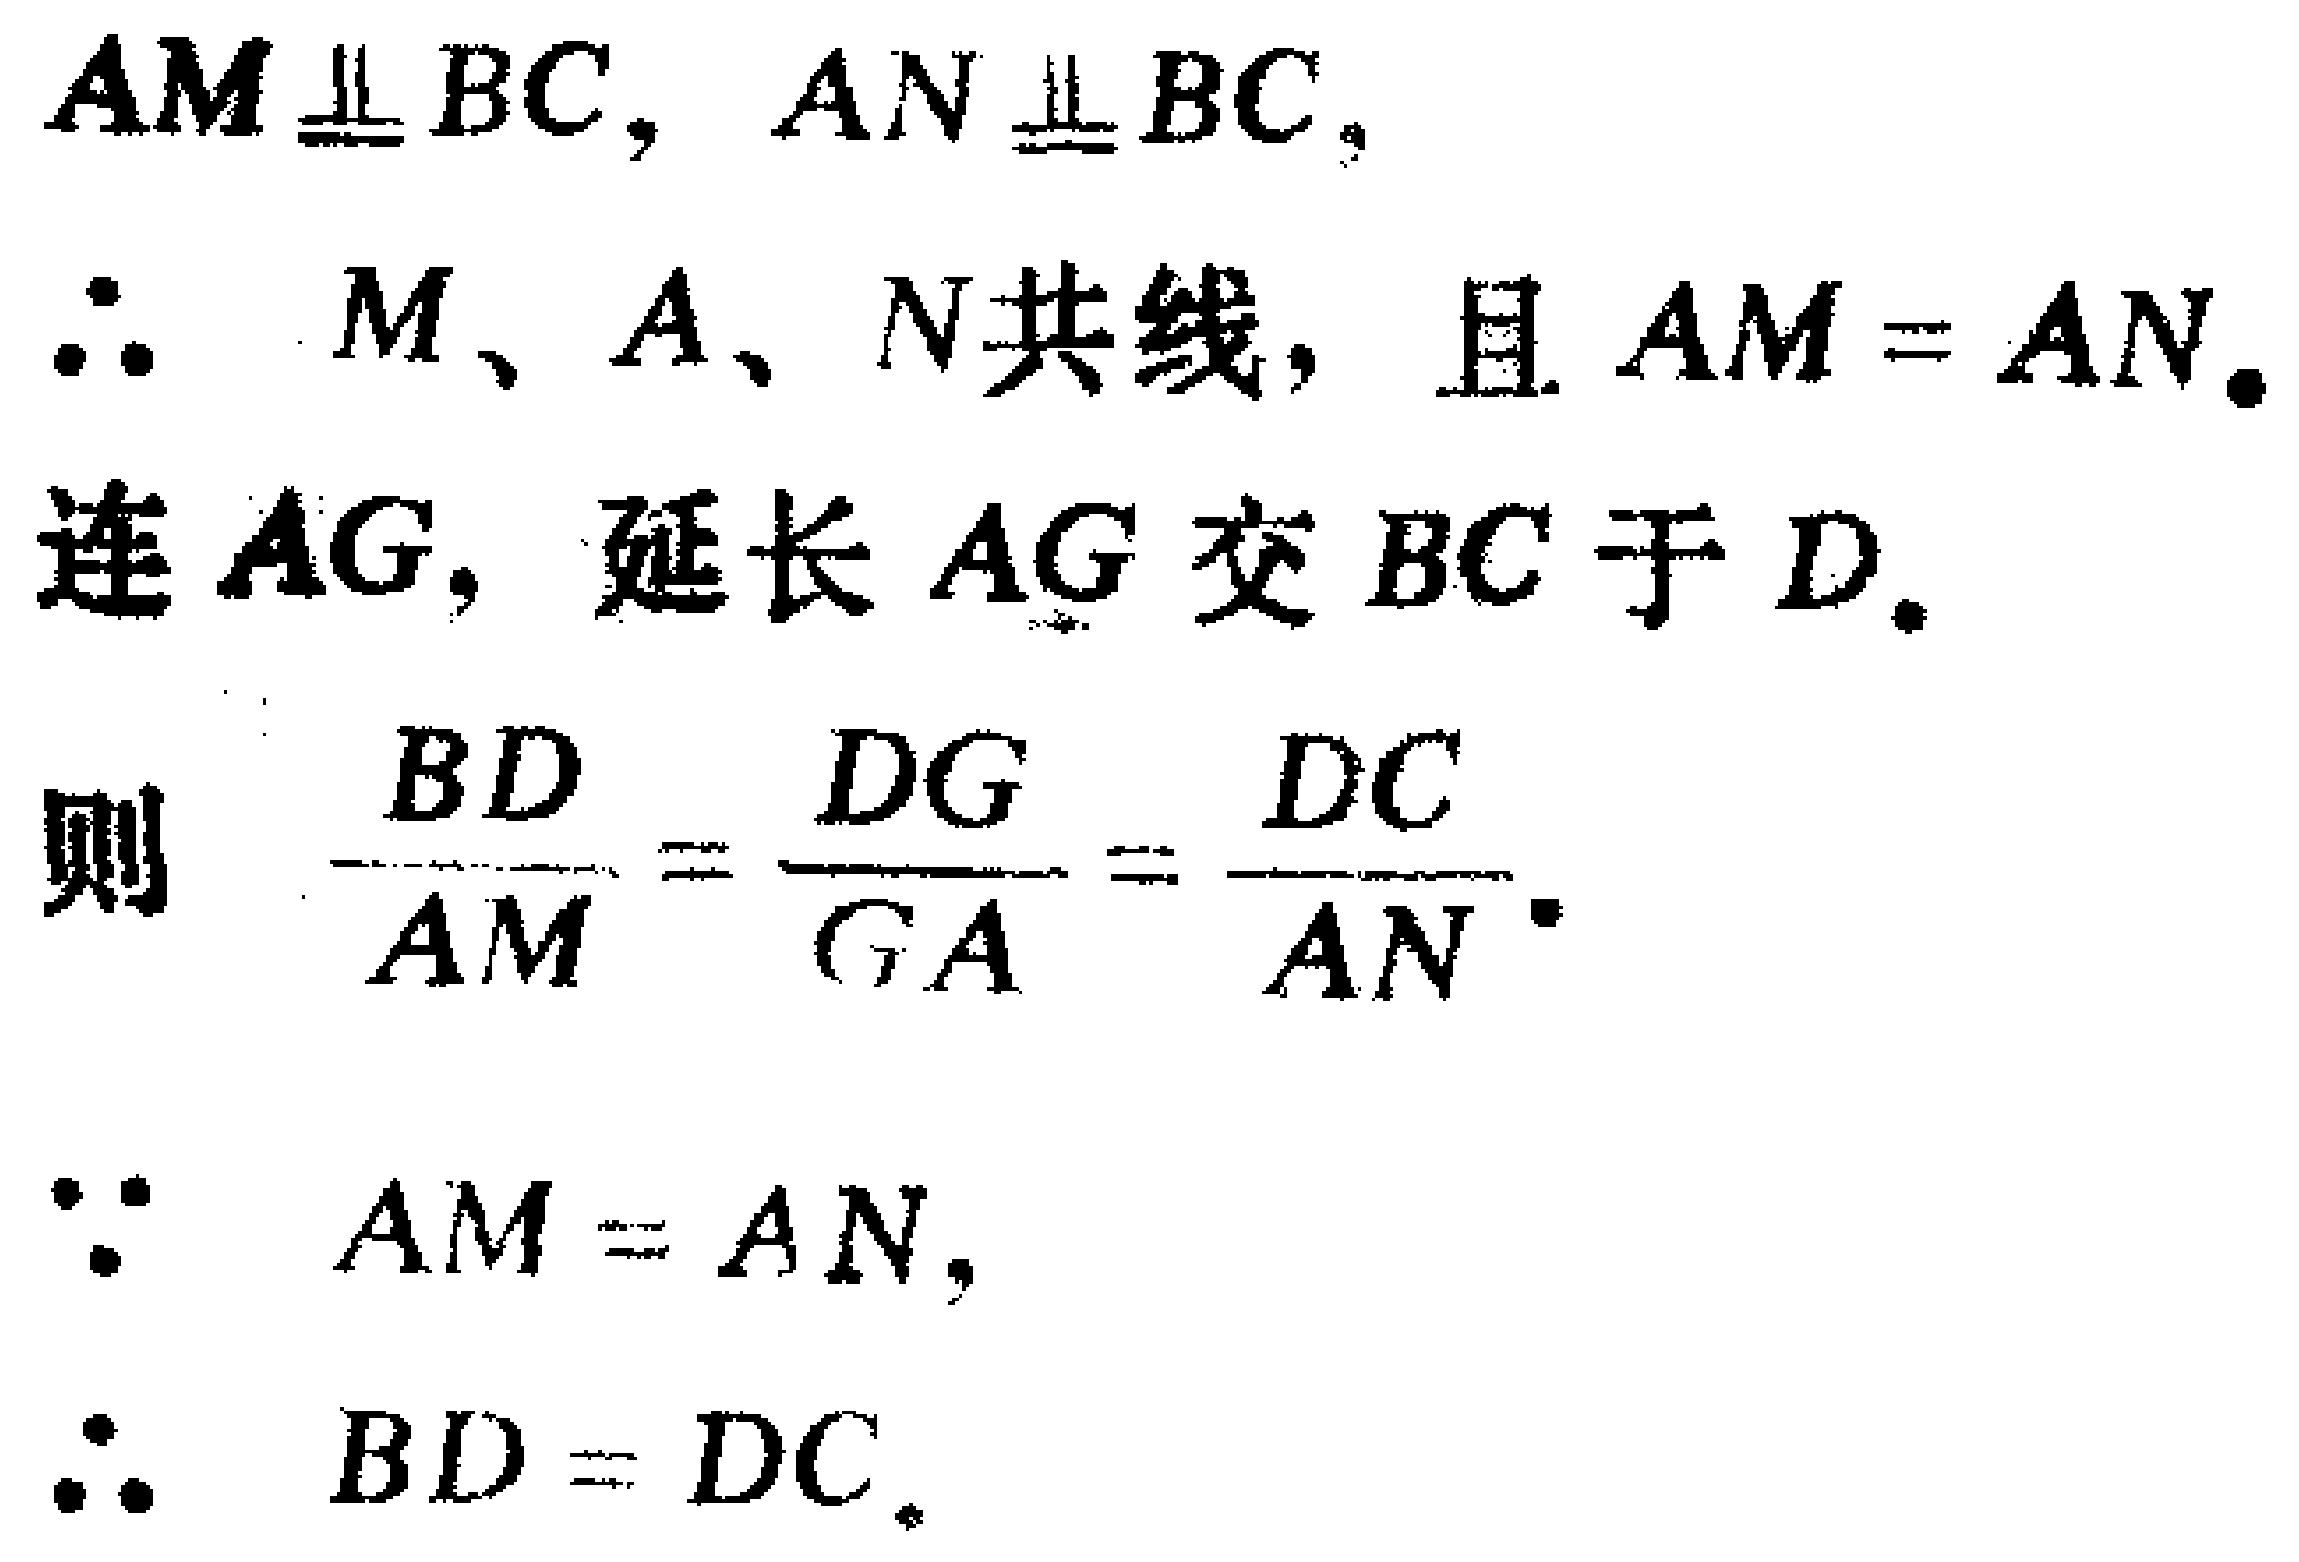
$AM\perp BC,AN\perp BC,$

$\therefore$ $M、A、N共线，且AM = AN。$

连$AG,$ 延长$AG$交$BC$于$D。$

则 $\frac{BD}{AM}=\frac{DG}{GA}=\frac{DC}{AN}。$

$\because$ $AM = AN,$

$\therefore$ $BD = DC。$